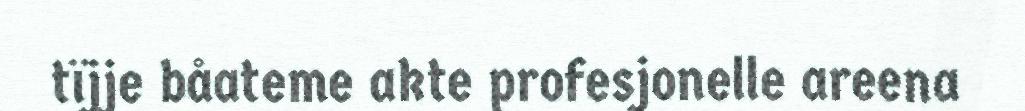
tïjje båateme akte profesjonelle areena